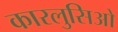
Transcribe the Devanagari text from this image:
कारलुसिओ